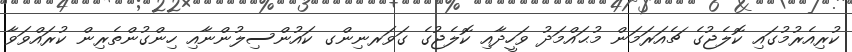
ކުރިއެރުމުގައި ކޮލެޖުގެ ޗެއަރަމަން މުޙައްމަދު ވަހީދާއި ކޮލެޖުގެ ގަވަރނިންގ ކައުންސިލުންނާއި ހިންގުންތެރިން ކުރައްވަވާ